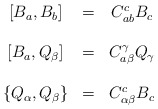
\begin{align*}\begin{array}{ccc}\left[ B_{a},B_{b}\right] & = & C_{ab}^{c}B_{c} \\ & & \\ \left[ B_{a},Q_{\beta }\right] & = & C_{a\beta }^{\gamma }Q_{\gamma } \\ & & \\ \left\{ Q_{\alpha },Q_{\beta }\right\} & = & C_{\alpha \beta }^{c}B_{c}\end{array}\end{align*}